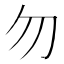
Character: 勿